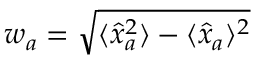
w _ { a } = \sqrt { \langle \hat { x } _ { a } ^ { 2 } \rangle - \langle \hat { x } _ { a } \rangle ^ { 2 } }